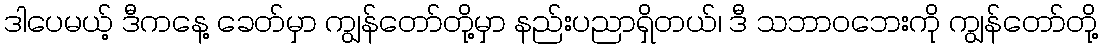
ဒါပေမယ့် ဒီကနေ့ ခေတ်မှာ ကျွန်တော်တို့မှာ နည်းပညာရှိတယ်၊ ဒီ သဘာဝဘေးကို ကျွန်တော်တို့